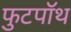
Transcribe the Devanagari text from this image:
फुटपॉथ